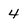
Character: 4